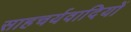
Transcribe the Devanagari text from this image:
साहचर्यवादियों